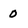
Character: 0